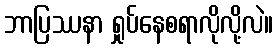
ဘာပြဿနာ ရှုပ်နေစရာလိုလို့လဲ။